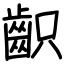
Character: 齞